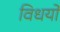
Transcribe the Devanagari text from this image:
विधयों